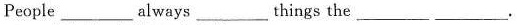
People ___ always ___ things the ___ ___.